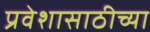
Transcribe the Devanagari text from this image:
प्रवेशासाठीच्या